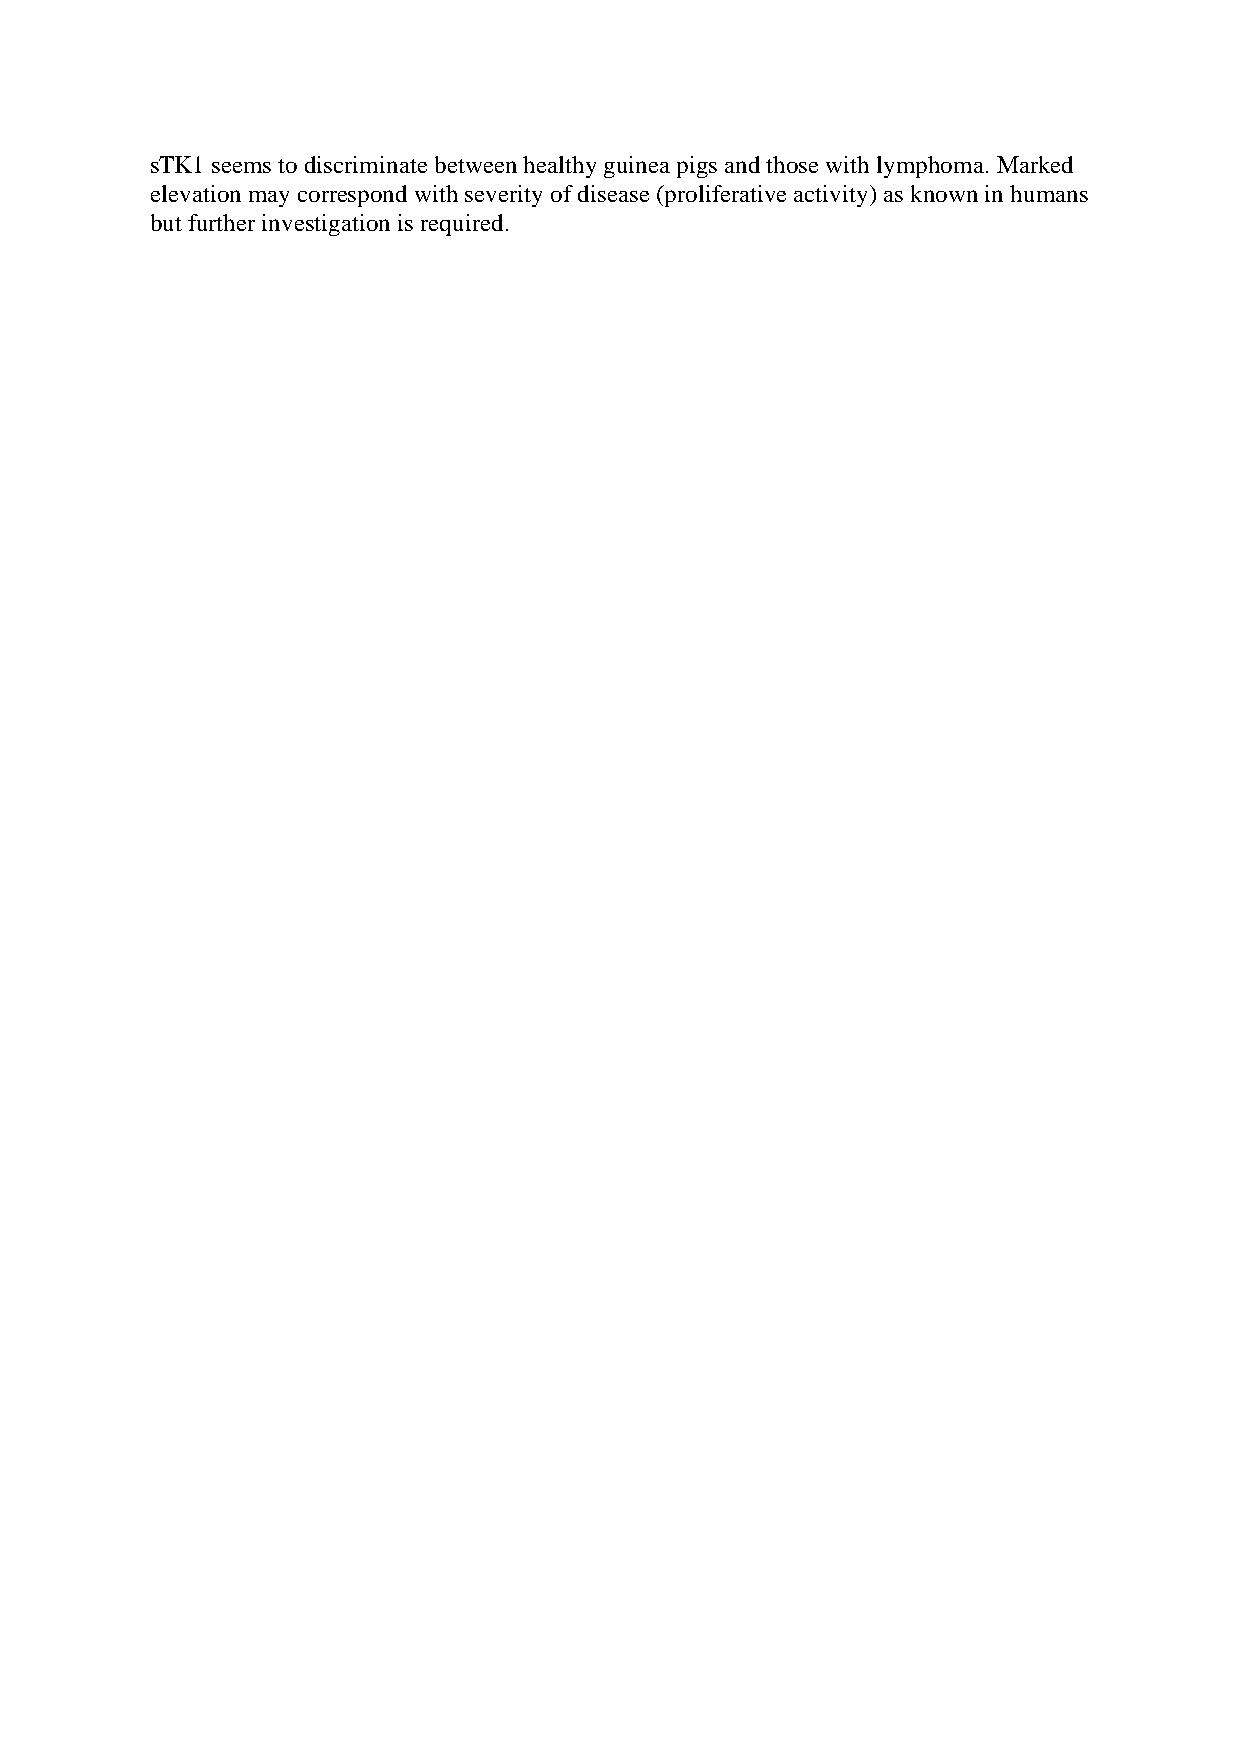
sTK1 seems to discriminate between healthy guinea pigs and those with lymphoma. Marked
 elevation may correspond with severity of disease (proliferative activity) as known in humans
 but further investigation is required.